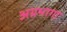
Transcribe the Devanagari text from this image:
अग्रभागा